Vaccination report Assam 1874-1896 - 1874-1896
Year: 1874
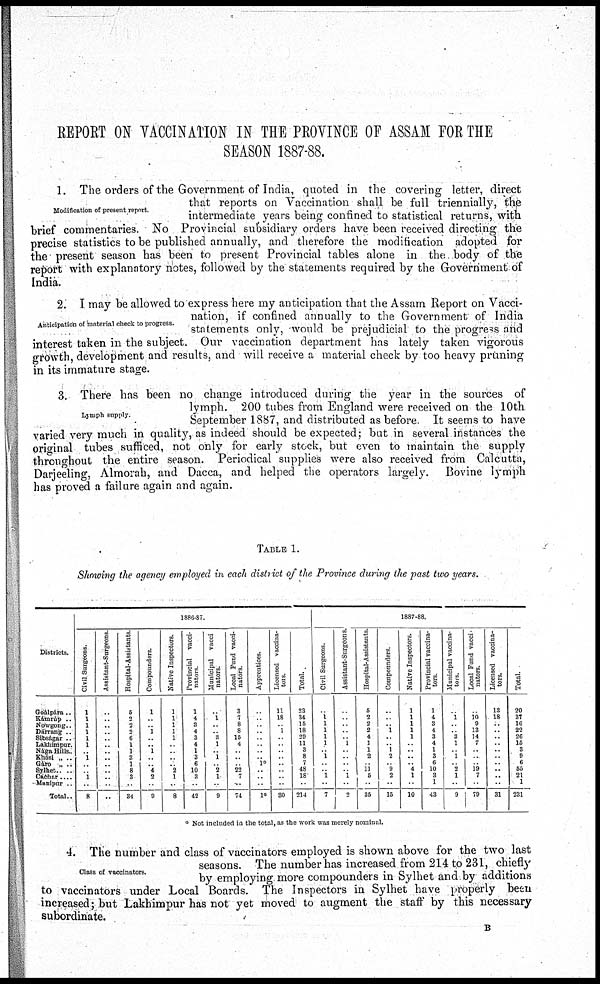
REPORT ON VACCINATION IN THE PROVINCE OF ASSAM FOR THE
SEASON 1887-88.
Modification of present report.
1. The orders of the Government of India, quoted in the covering letter, direct
that reports on Vaccination shall be full triennially, the
intermediate years being confined to statistical returns, with
brief commentaries. No Provincial subsidiary orders have been received directing the
precise statistics to be published annually, and therefore the modification adopted for
the present season has been to present Provincial tables alone in the body of the
report with explanatory notes, followed by the statements required by the Government of
India.
Anticipation of material check to progress.
2. I may be allowed to express here my anticipation that the Assam Report on Vacci-
nation, if confined annually to the Government of India
statements only, would be prejudicial to the progress and
interest taken in the subject. Our vaccination department has lately taken vigorous
growth, development and results, and will receive a material check by too heavy pruning
in its immature stage.
Lymph supply.
3. There has been no change introduced during the year in the sources of
lymph. 200 tubes from England were received on the 10th
September 1887, and distributed as before. It seems to have
varied very much in quality, as indeed should be expected; but in several instances the
original tubes sufficed, not only for early stock, but even to maintain the supply
throughout the entire season. Periodical supplies were also received from Calcutta,
Darjeeling, Almorah, and Dacca, and helped the operators largely. Bovine lymph
has proved a failure again and again.
TABLE 1.
Showing the agency employed in each district of the Province during the past two years.
Districts.
Goálpára..
Kámrúp ..
Nowgong..
Dárrang ..
Sibságar ..
Lakhimpur.
Nága Hills..
Khási „ ..
Gáro „ ..
Sylhet.. ...
Cachar....
Manipur ..
Total..
1886-87.
Civil Surgeons.
1
1
1
1
1
1
.. 1
..
..
1
..
8
Assistant-Surgeons.
..
..
..
..
..
..
..
..
..
..
..
..
..
Hospital-Assistants.
5
2
2
2
6
1
1
3
1
8
3
..
34
Compounders.
1
..
..
1
..
..
1
..
..
4
2
..
9
Native Inspectors.
1
1
1
1
1 ..
..
.. ..
2
1
..
8
Provincial vacci-
nators
1
4
3
4
3
4
1
3
6
10
3
..
42
Municipal vacci-
nators.
..
1
..
..
3
1
..
1
.. 2
1
..
9
Local Fund vacci-
nators.
3
7
8
8
15
4
..
..
..
22
7
..
74
Apprentices.
..
..
..
..
..
..
..
..
1*
..
..
..
1*
Licensed vaccina-
tor
11
18
..
1 ..
..
..
..
..
..
..
..
80
Total.
23
34
15
18
29
11
3
8
7
48
18
..
214
1887-88.
Civil Surgeons.
..
1
1
1
1
1
..
1
..
..
1
..
7
Assistant-Surgeons.
..
..
..
..
..
1 ..
..
..
..
1
..
2
Hospital-Assistants
5
2
2
2
4
1
1
2
..
11 5
..
35
Compounders
..
..
..
1
..
.. 1
2
..
9
2
..
15
Native Inspectors.
1
1
1
1 ..
..
..
..
..
4
1
..
10
Provincial vaccina-
tors
1
4
3
4
3
4
1
3
6
10
3
1
43
Municipal vaccina-
tors.
..
1
..
..
3
1
.. 1
..
2
1
..
9
Local Fund vacci
nators.
..
10
9
13
14
7
..
..
..
19
7
..
79
Licensed vaccina-
t ors.
13
18
..
..
..
..
..
..
..
..
..
..
31
Total.
20
37
16
22
26
15
3
9
6
55
21
1
231
* Not included in the total, as the work was merely nominal.
Class of vaccinators.
4. The number and class of vaccinators employed is shown above for the two last
seasons. The number has increased from 214 to 231, chiefly
by employing more compounders in Sylhet and by additions
to vaccinators under Local Boards. The Inspectors in Sylhet have properly been
increased; but Lakhimpur has not yet moved to augment the staff by this necessary
subordinate.
B